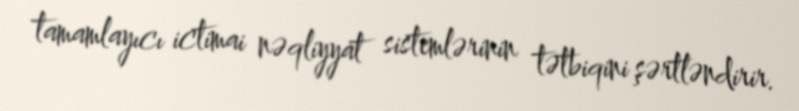
tamamlayıcı ictimai nəqliyyat sistemlərinin tətbiqini şərtləndirir.